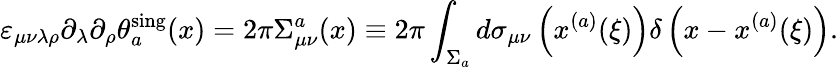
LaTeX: \varepsilon_{\mu\nu\lambda\rho}\partial_{\lambda}\partial_{\rho}\theta_{a}^{\mathrm{sing}}(x)=2\pi\Sigma_{\mu\nu}^{a}(x)\equiv 2\pi\int_{\Sigma_{a}}^{}d\sigma_{\mu\nu}\left(x^{(a)}(\xi)\right)\delta\left(x-x^{(a)}(\xi)\right).